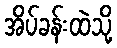
အိပ်ခန်းထဲသို့